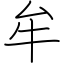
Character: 牟